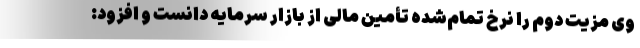
وی مزیت دوم را نرخ تمام‌شده تأمین مالی از بازار سرمایه دانست و افزود: